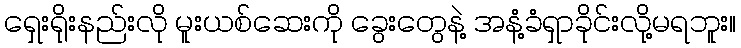
ရှေးရိုးနည်းလို မူးယစ်ဆေးကို ခွေးတွေနဲ့ အနံ့ခံရှာခိုင်းလို့မရဘူး။